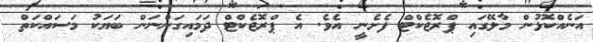
އަނެއްކޮޅުން މާލޭގައި ޕްރޮޖެކްޓް ފެށެނީ އެވެ. އެ ޕްރޮޖެކްޓް ދަމައިގަންނަން ބަޔަކު މަސައްކަތް